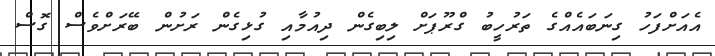
އެއަށްފަހު ގިނަބައެއްގެ ތަރުހީބު ގްރޫޕަށް ލިބިގެން ދިއުމާއި ގުޅިގެން ރަށުން ބޭރަށްވެސް ގޮސް